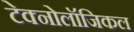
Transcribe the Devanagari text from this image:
टेक्नोलॉजिकल